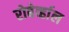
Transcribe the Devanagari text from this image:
रोबेर्व्हाल